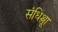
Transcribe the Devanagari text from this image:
संधिश्लूा